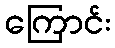
ကြောင်း